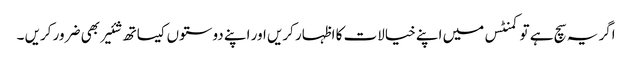
اگر یہ سچ ہے تو کمنٹس میں اپنے خیالات کا اظہار کریں اور اپنے دوستوں کیساتھ شئیر بھی ضرور کریں ۔